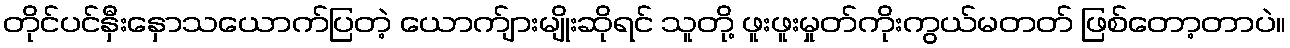
တိုင်ပင်နှီးနှောသယောက်ပြတဲ့ ယောက်ျားမျိုးဆိုရင် သူတို့ ဖူးဖူးမှုတ်ကိုးကွယ်မတတ် ဖြစ်တော့တာပဲ။